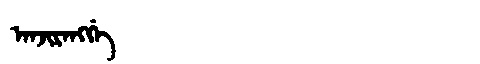
Manchu: ᠠᠨᠵᡳᡵᠠᠩᡤᡝ
Romanization: ANJIRANGGE